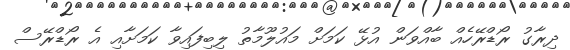
ދިރާގު ރޯޑްރޭހެއް ބާއްވަން އުޅޭ ކަމަށް މައުލޫމާތު ލިބިފައިވާ ކަމަށާއި އެ ރޯޑްރޭސް